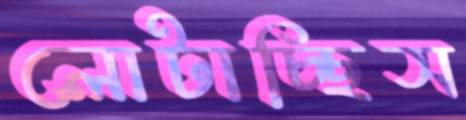
লোটাচ্ছিস